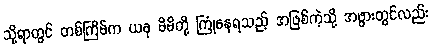
သို့ရာတွင် တစ်ကြိမ်က ယခု မိမိတို့ ကြုံနေရသည့် အဖြစ်ကဲ့သို့ အဖွားတွင်လည်း